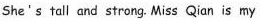
She's tall and strong.Miss Qian is my